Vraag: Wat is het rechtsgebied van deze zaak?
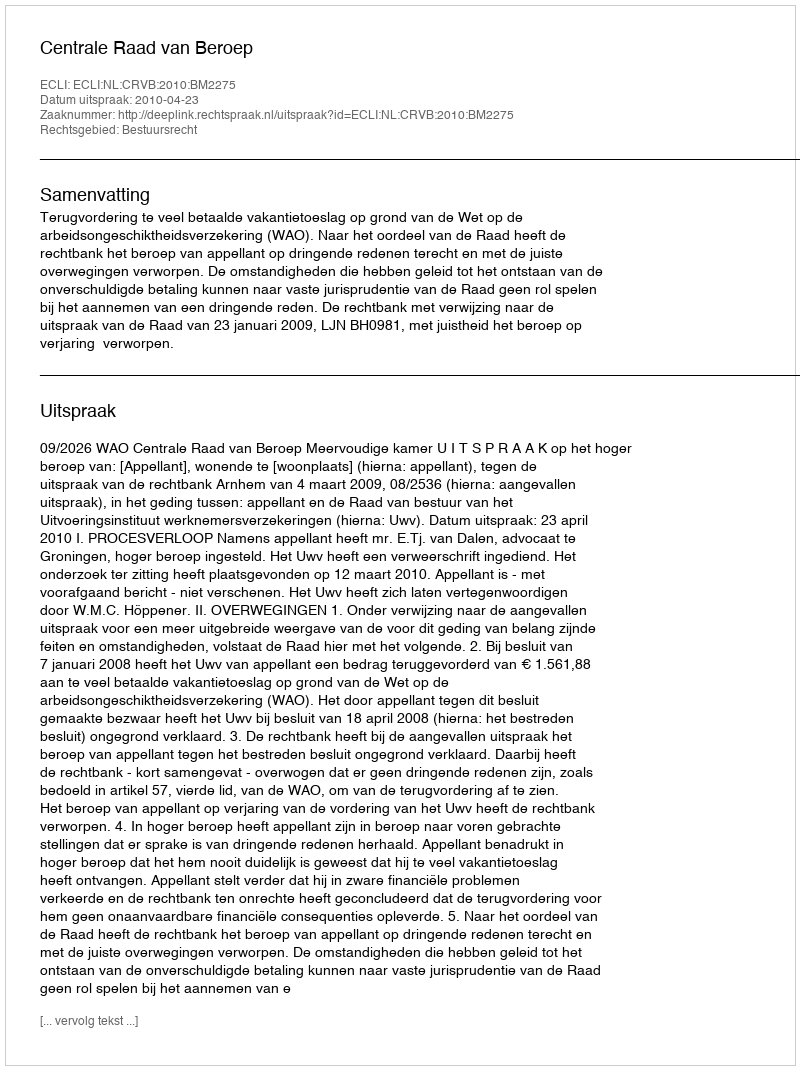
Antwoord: Bestuursrecht